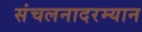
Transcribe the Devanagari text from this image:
संचलनादरम्यान